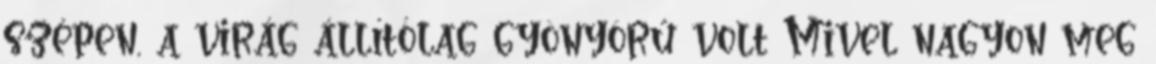
szépen, a virág állítólag gyönyörű volt Mivel nagyon meg